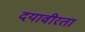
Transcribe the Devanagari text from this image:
दयावीरता